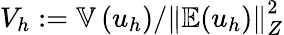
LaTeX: V_{h}:=\mathbb{V}\left(u_{h}\right)/\left\Vert\mathbb{E}(u_{h})\right\Vert_{Z}^{2}